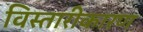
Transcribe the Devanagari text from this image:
विस्तारीकारण